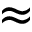
\approx